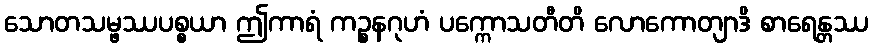
သောတသမ္ဖဿပစ္စယာ ဤကာရံ ကဉ္စနဂုဟံ ပက္ကောသတီတိ လောကောတျာဒိ စာရေန္တဿ